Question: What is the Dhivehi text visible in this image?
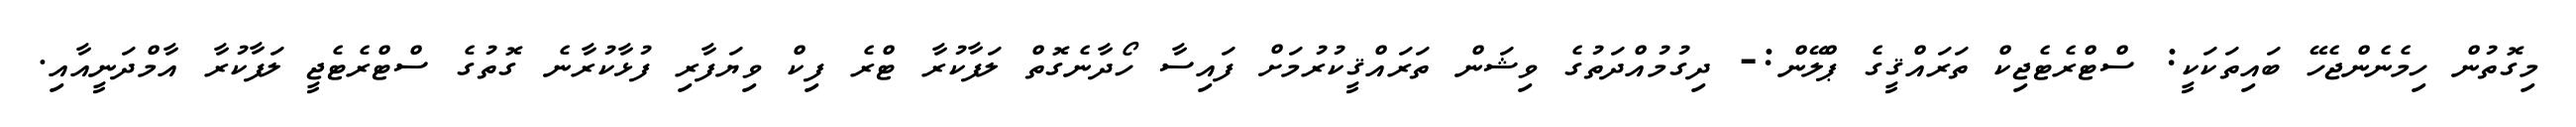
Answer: މިގޮތުން ހިމެނެންޖެހޭ ބައިތަކަކީ: ސްޓްރެޓެޖިކް ތަރައްޤީގެ ޕްލޭން:- ދިގުމުއްދަތުގެ ވިޝަން ތަރައްޤީކުރުމަށް ފައިސާ ހޯދާނެގޮތް ލަފާކުރާ ޓްރެ ފިކް ވިޔަފާރި ފުޅާކުރާނެ ގޮތުގެ ސްޓްރެޓެޖީ ލަފާކުރާ އާމްދަނީއާއި.